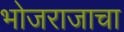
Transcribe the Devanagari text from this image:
भोजराजाचा